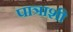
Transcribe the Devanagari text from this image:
पात्राशी